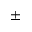
\pm